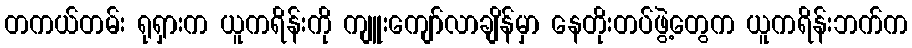
တကယ်တမ်း ရုရှားက ယူကရိန်းကို ကျူးကျော်လာချိန်မှာ နေတိုးတပ်ဖွဲ့တွေက ယူကရိန်းဘက်က